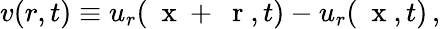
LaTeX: v(r,t)\equiv u_{r}(\mathrm{~\mathbf~x~}+\mathrm{~\mathbf~r~},t)-u_{r}(\mathrm{~\mathbf~x~},t)\, ,